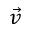
\vec { v }